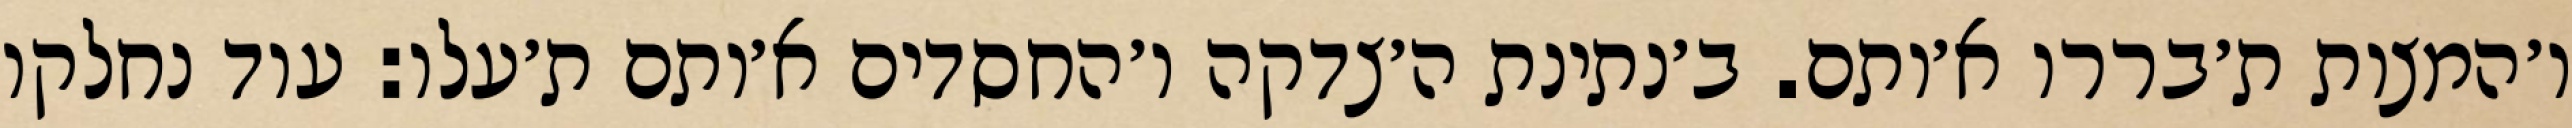
ו׳המצות ת׳בררו א׳ותם. ב׳נתינת ה׳צדקה ו׳החסדים א׳ותם ת׳עלו: עוד נחלקו